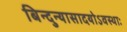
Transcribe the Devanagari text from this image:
बिन्दुन्यासादयोऽवस्थाः